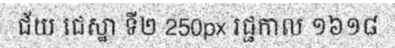
ជ័យ ជេស្ឋា ទី២ 250px រជ្ជកាល ១៦១៨